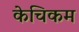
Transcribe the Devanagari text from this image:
केचिकम